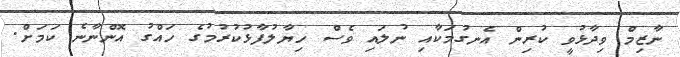
ނާޒިމް ވިދާޅުވީ ކުރިން އެނގުމަކާއި ނުލައި ވެސް ހިޔާލުފާޅުކުރުމުގެ ހައްގު އޮންނާނެ ކަމަށް.